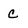
Character: c